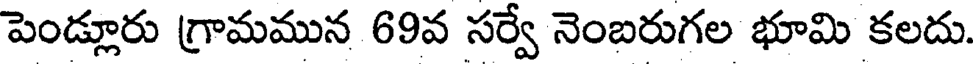
పెండ్లూరు గ్రామమున 69వ సర్వే నెంబరుగల భూమి కలదు.